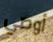
أوصي